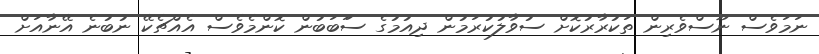
ނަމަވެސް ނޫސްވެރިން ތަކުރާރުކޮށް ސުވާލުކުރަމުން ދިއުމުގެ ސަަބަބުން ކޮންމެވެސް އެއްޗެކޭ ނުބުނެ އޭނާއަށް